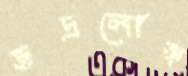
ভদ্রলোক